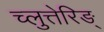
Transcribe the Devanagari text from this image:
च्लुत्तेरिङ्